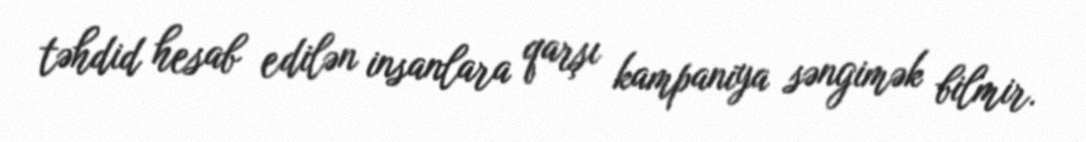
təhdid hesab edilən insanlara qarşı kampaniya səngimək bilmir.